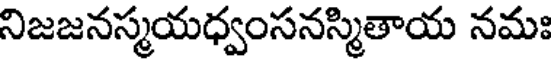
నిజజనస్మయధ్వంసనస్మితాయ నమః